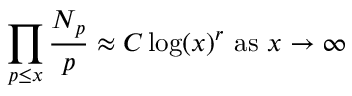
\prod _ { p \leq x } { \frac { N _ { p } } { p } } \approx C \log ( x ) ^ { r } { \mathrm { ~ a s ~ } } x \rightarrow \infty